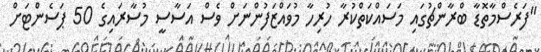
"ފަރެސްމާތޮޑާ ބްރާންޗުގައި މަސައްކަތްކުރާ ހުރިހާ މުވައްޒަފުންނަށް ވެސް އަސާސީ މުސާރައިގެ 50 ޕަސެންޓަށް